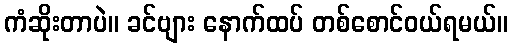
ကံဆိုးတာပဲ။ ခင်ဗျား နောက်ထပ် တစ်စောင်ဝယ်ရမယ်။